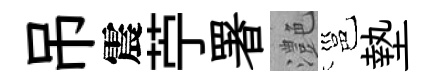
吊震苧署灔邕墊